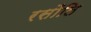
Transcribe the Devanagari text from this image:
रसौलि